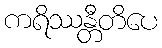
ကရိဿန္တီတိပေ